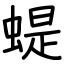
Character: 蝭